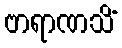
ဗာရာဏသိံ